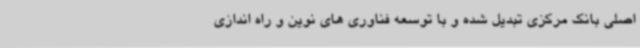
اصلی بانک مرکزی تبدیل شده و با توسعه فناوری های نوین و راه اندازی